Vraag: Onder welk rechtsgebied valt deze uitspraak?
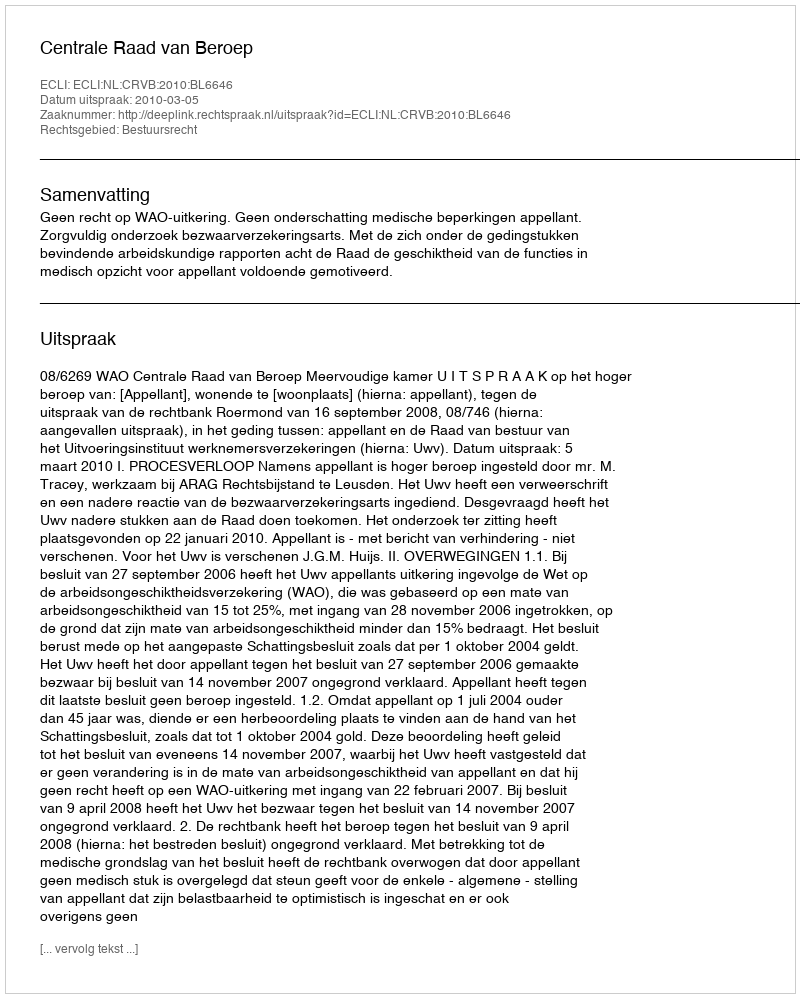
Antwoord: Bestuursrecht